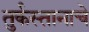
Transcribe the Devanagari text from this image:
तुर्कस्तानाचे